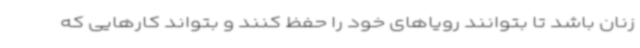
زنان باشد تا بتوانند رویاهای خود را حفظ کنند و بتواند کارهایی که